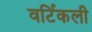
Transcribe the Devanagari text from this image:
वर्टिकली